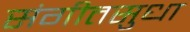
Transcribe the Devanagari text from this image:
संगीतसुधा